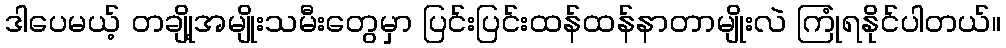
ဒါပေမယ့် တချို့အမျိုးသမီးတွေမှာ ပြင်းပြင်းထန်ထန်နာတာမျိုးလဲ ကြုံရနိုင်ပါတယ်။